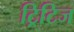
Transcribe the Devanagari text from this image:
ट्रिटिज